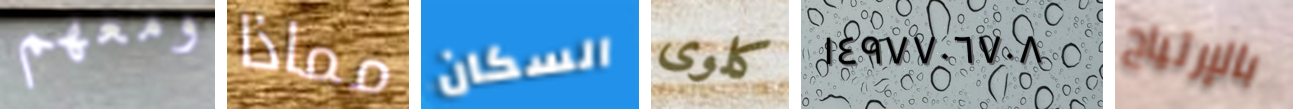
ومعهم مماذا السكان كلوى ١٤٩٧٧٠٦٧٠٨ بالإرتياح